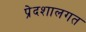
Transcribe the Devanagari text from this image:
प्रेदशालगत